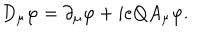
LaTeX: D _ { \mu } \varphi = \partial _ { \mu } \varphi + i e Q A _ { \mu } \varphi .